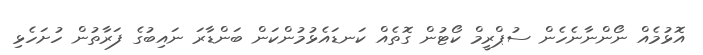
އޮޅުމެއް ނޯންނާނެހެން ސުޕްރީމް ކޯޓުން ގޮތެއް ކަނޑައެޅުމުންކަން ބަންޑާރަ ނައިބުގެ ފަރާތުން ހުށަހެޅި